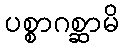
ပစ္စာဂစ္ဆာမိ